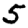
Digit: 5